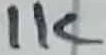
Text: 1K